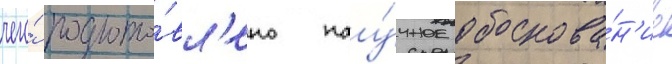
чего́ подгото́вл'ено нау́чное обоснова́н'ие